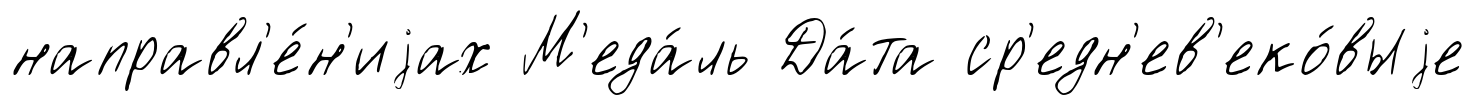
направл'е́н'иjах М'еда́ль Да́та ср'едн'ев'еко́выjе